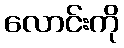
လောင်းကို